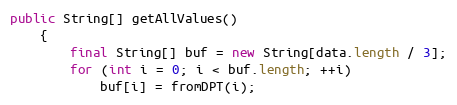
Language: Java
public String[] getAllValues()
	{
		final String[] buf = new String[data.length / 3];
		for (int i = 0; i < buf.length; ++i)
			buf[i] = fromDPT(i);